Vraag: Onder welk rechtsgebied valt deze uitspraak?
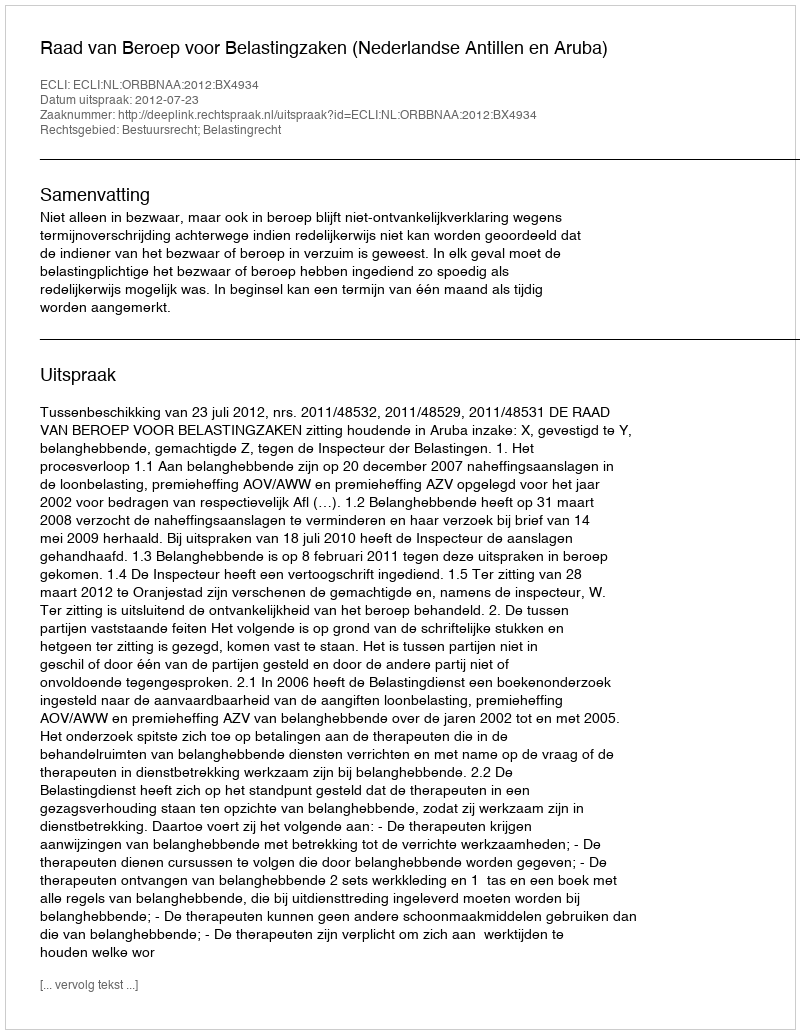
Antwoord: Bestuursrecht; Belastingrecht